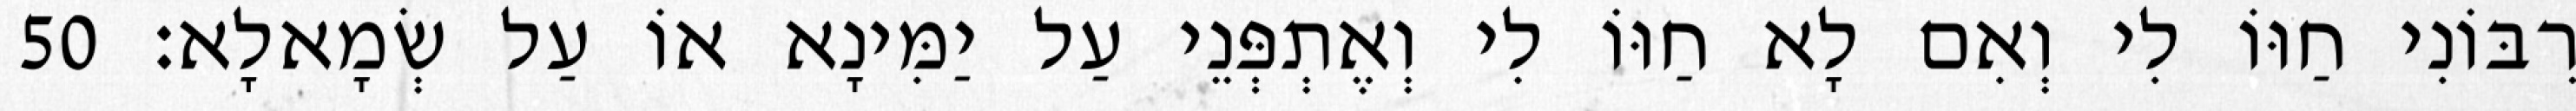
רִבּוֹנִי חַוּוֹ לִי וְאִם לָא חַוּוֹ לִי וְאֶתְפְּנֵי עַל יַמִּינָא אוֹ עַל שְׂמָאלָא׃ 50